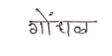
मजकूर: गोंधळ